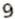
9